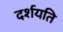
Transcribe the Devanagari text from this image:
दर्शयति